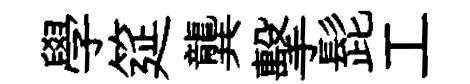
學筵龔擊髭工